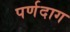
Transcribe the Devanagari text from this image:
पर्णदाग